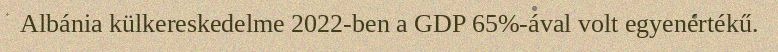
Albánia külkereskedelme 2022-ben a GDP 65%-ával volt egyenértékű.